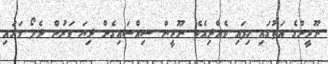
ނޫރީންގެ އަތުގައި ހިފައި ވެއްދިއެވެ. ނޫރީން ސިއްސައިގެން ދިޔަ ވަރުން ދެލޯ މަރައި